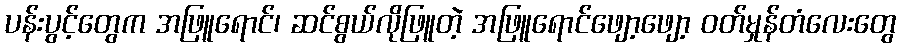
ပန်းပွင့်တွေက အဖြူရောင်၊ ဆင်စွယ်လိုဖြူတဲ့ အဖြူရောင်ဖျော့ဖျော့ ဝတ်မှုန်တံလေးတွေ